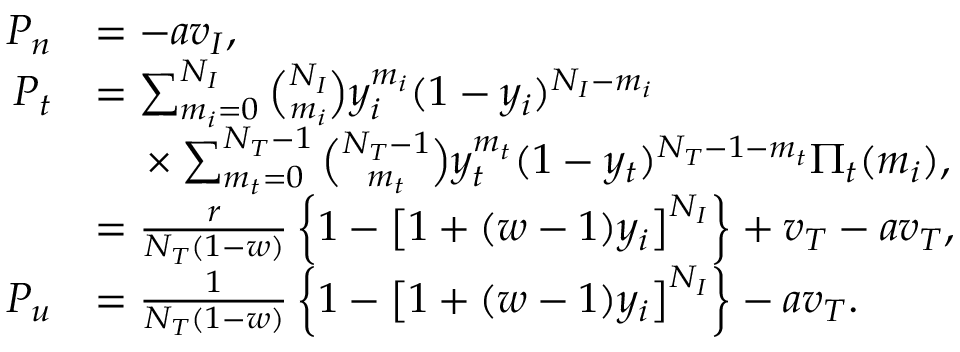
\begin{array} { r l } { P _ { n } } & { = - a v _ { I } , } \\ { P _ { t } } & { = \sum _ { m _ { i } = 0 } ^ { N _ { I } } \binom { N _ { I } } { m _ { i } } y _ { i } ^ { m _ { i } } ( 1 - y _ { i } ) ^ { N _ { I } - m _ { i } } } \\ & { \mathrm { \quad } \times \sum _ { m _ { t } = 0 } ^ { N _ { T } - 1 } \binom { N _ { T } - 1 } { m _ { t } } y _ { t } ^ { m _ { t } } ( 1 - y _ { t } ) ^ { N _ { T } - 1 - m _ { t } } \Pi _ { t } ( m _ { i } ) , } \\ & { = \frac { r } { N _ { T } ( 1 - w ) } \left\{ 1 - \left[ 1 + ( w - 1 ) y _ { i } \right] ^ { N _ { I } } \right\} + v _ { T } - a v _ { T } , } \\ { P _ { u } } & { = \frac { 1 } { N _ { T } ( 1 - w ) } \left\{ 1 - \left[ 1 + ( w - 1 ) y _ { i } \right] ^ { N _ { I } } \right\} - a v _ { T } . } \end{array}